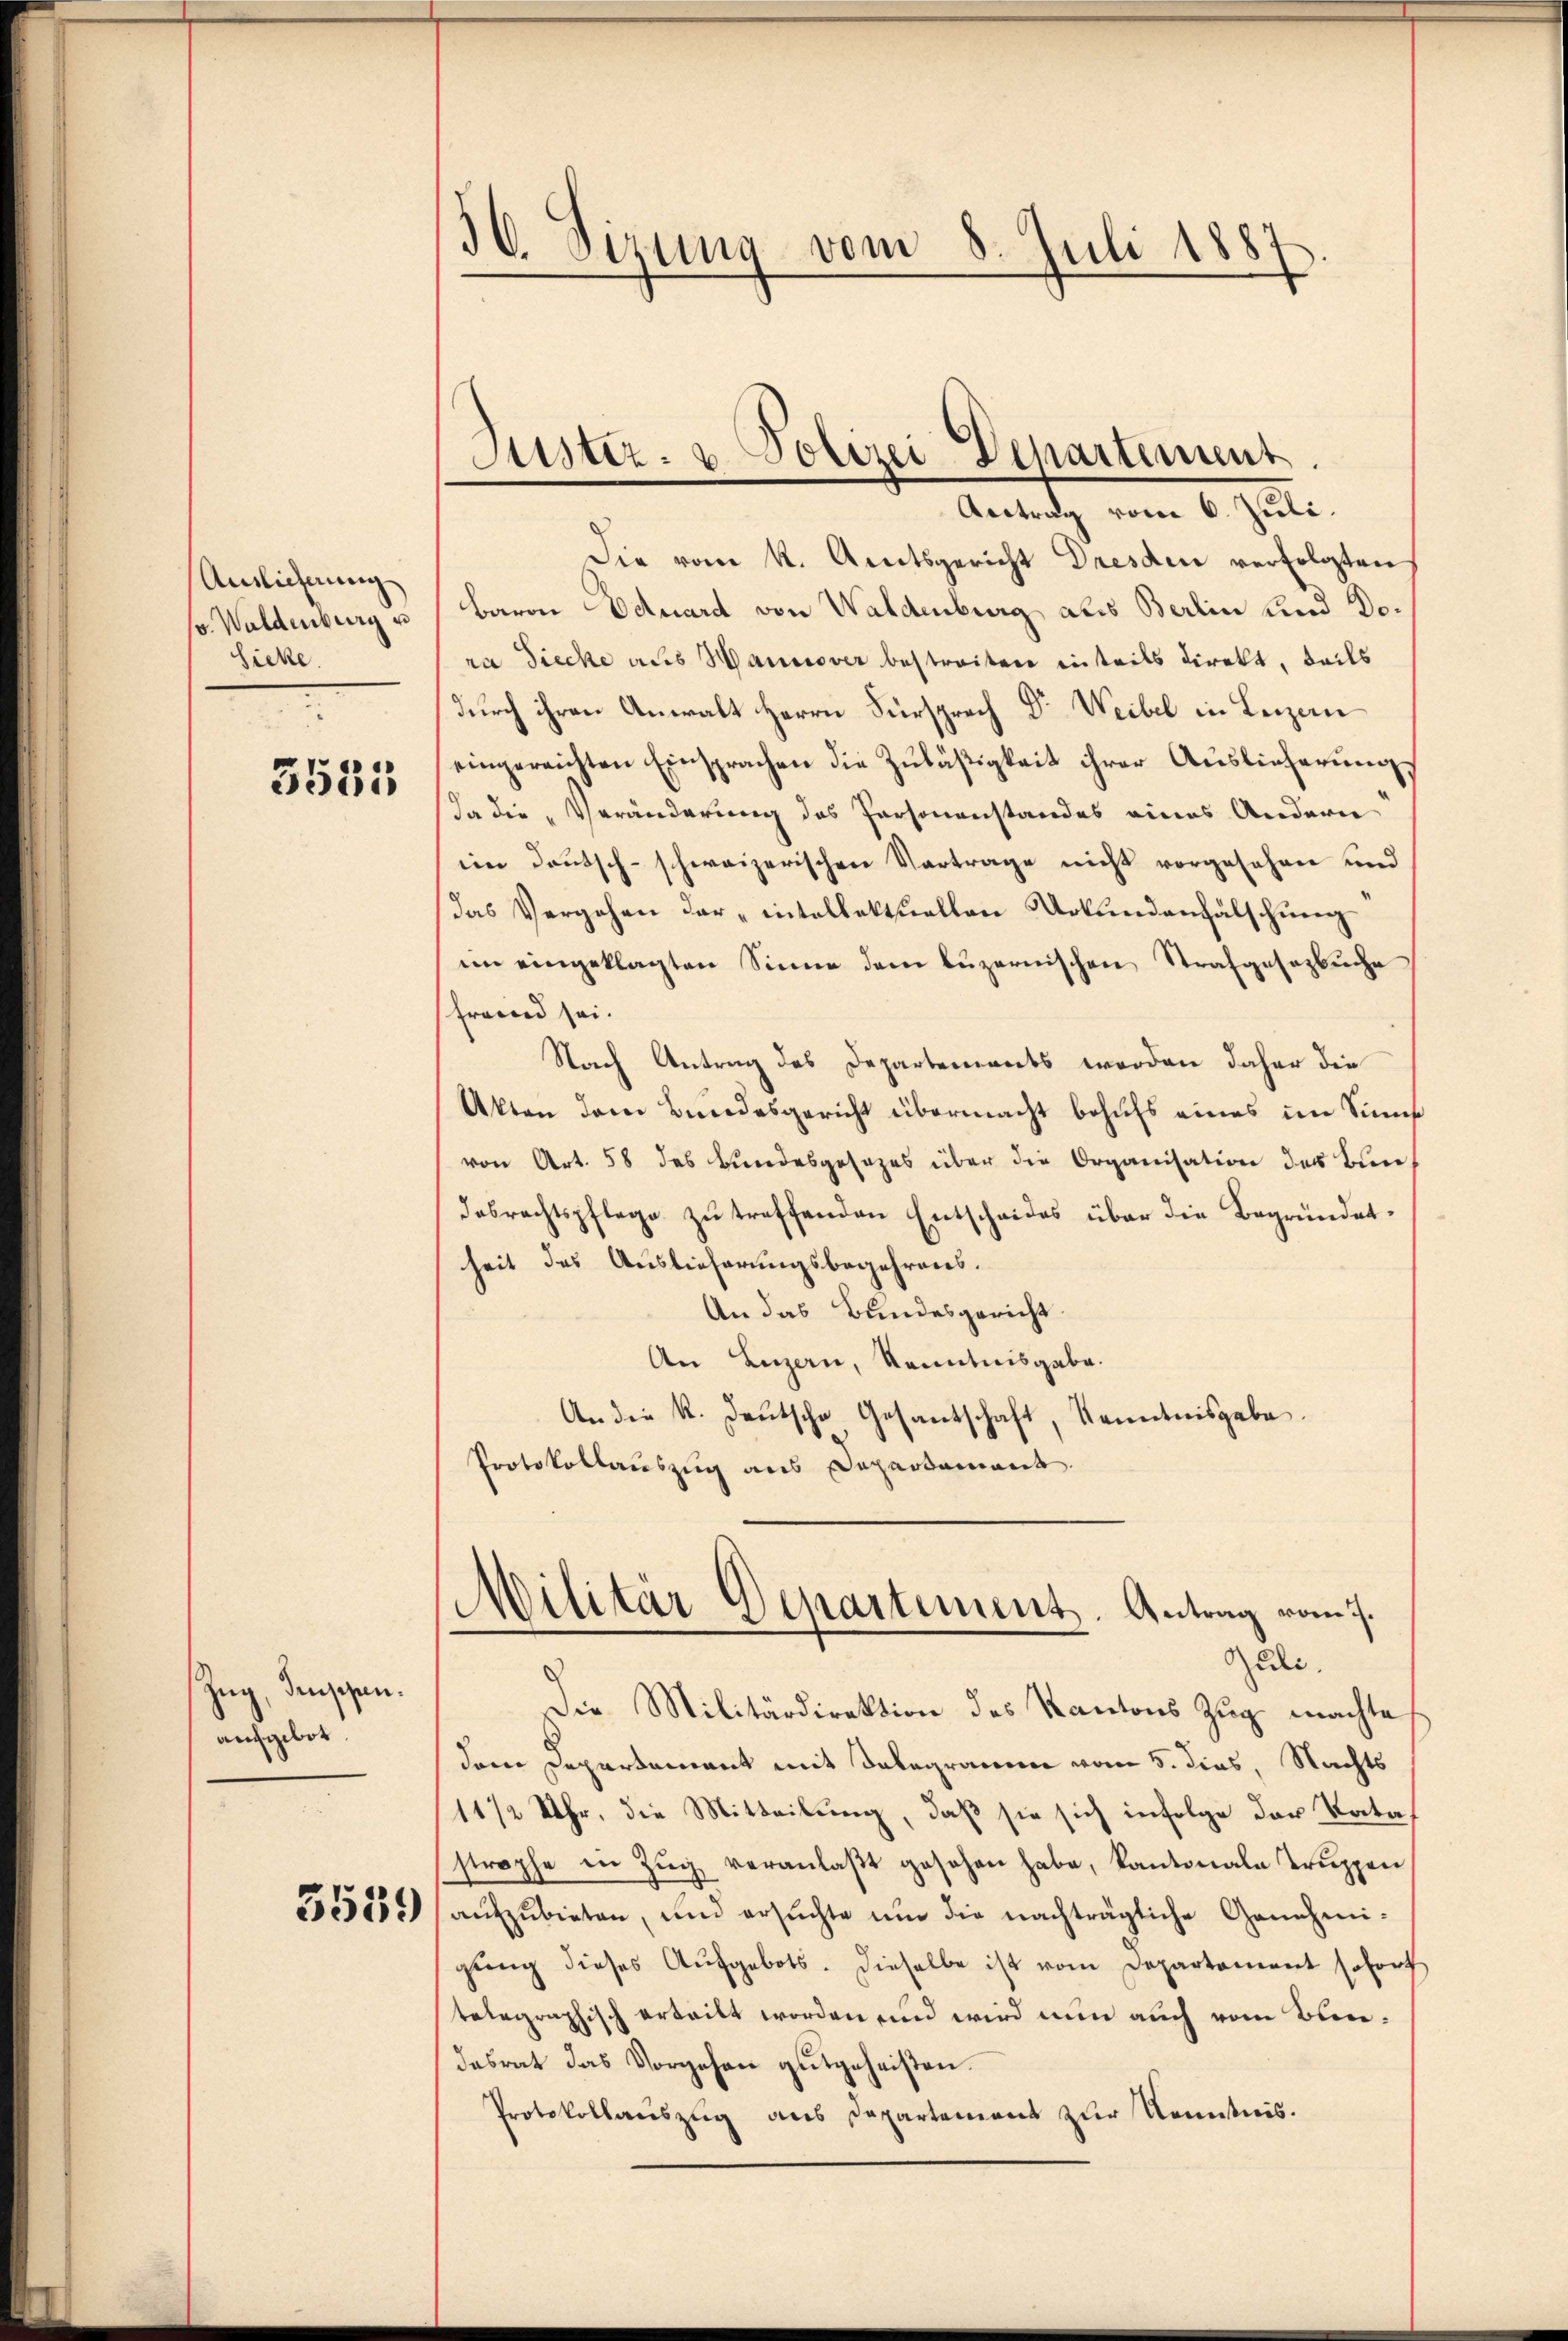
Auslieferung
pr. Waldenburg u
Sicke.
.

3535

Zug, densehen.
aufgebot.

3539

30. Sizung vom 8. Juli 1887

Antrag vom 6. Juli.
Die vom k. Amtsgericht Dresden verfolgten
baron Eduard von Waldenburg als Berlin und Dora diecke aus Hannover bestreiten inteils direkt, teils
durch ihren Anwalt Herrn Fürsprech Dr Weibel in Leizan
eingereichten Einsprachen die Zuläßigkeit ihrer Auslieferungs¬
Da die „Veränderung des Personenstandes eines Andern
im Deutsch-schweizerischen Vortrage nicht vorgesehen und
das Vergehen der „intollektuellen Urkundenfälschung
im eingeklagten Sinne dem luzernischen Strafgesezbuche
fremd sei.
Nach Antrag des Departements werden daher die
Akten dem Bundesgericht übermacht behufs eines im Sinne
von Art. 58 das Bundesgesezes über die Organisation des Bin
desrechtspflege zu treffenden Entscheides über die Begründetheit des Auslieferungsbegehrens.
An das Bundesgericht
An Luzern, Kenntnisgabe.
An die K. Deutsche Gesantschaft, Kenntnisgabe.
Protokollauszug aus Departement

Justiz- & Polizei Departement

Militär-Departement. Antrag vom 7.
Zedli

Die Militärdirektion des Kantons Zug machte
dem Departement mit Telegramm vom 5. dies, Nachts
11/2 Uhr, die Mitteilung, daß sie sich infolge der Tatastrophe in Zŭg veranlaβt gesehen habe, kantonale Trŭppen
aŭfzŭbieten, und ersŭchte ŭm die nachträgliche Genehmi-
gŭng dieses Aŭfgebots. Dieselbe ist vom Departament sofort
telegraphisch erteilt worden und wird nun auch vom Bundesrat das Vorgehen gutgeheißen.
Protokollauszug aus Departement zur Kenntnis.